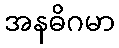
အနဓိဂမာ